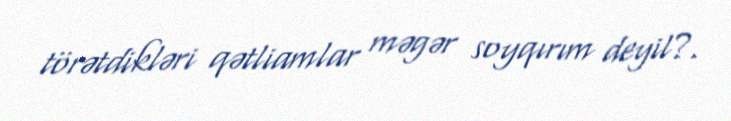
törətdikləri qətliamlar məgər soyqırım deyil?.